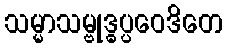
သမ္မာသမ္ဗုဒ္ဓပ္ပဝေဒိတေ